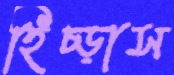
হিঁচ্‌ড়াস